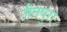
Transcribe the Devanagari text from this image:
जैतपुरा